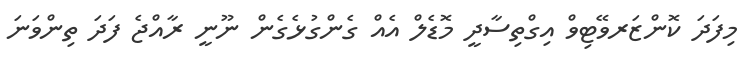
މިފަދަ ކޮންޒަރވޭޓިވް އިގްތިސާދީ މޮޑެލް އެއް ގެންގުޅެގެން ނޫނީ ރާއްޖެ ފަދަ ތިންވަނަ